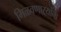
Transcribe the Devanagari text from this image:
मिळवणाऱ्यांना